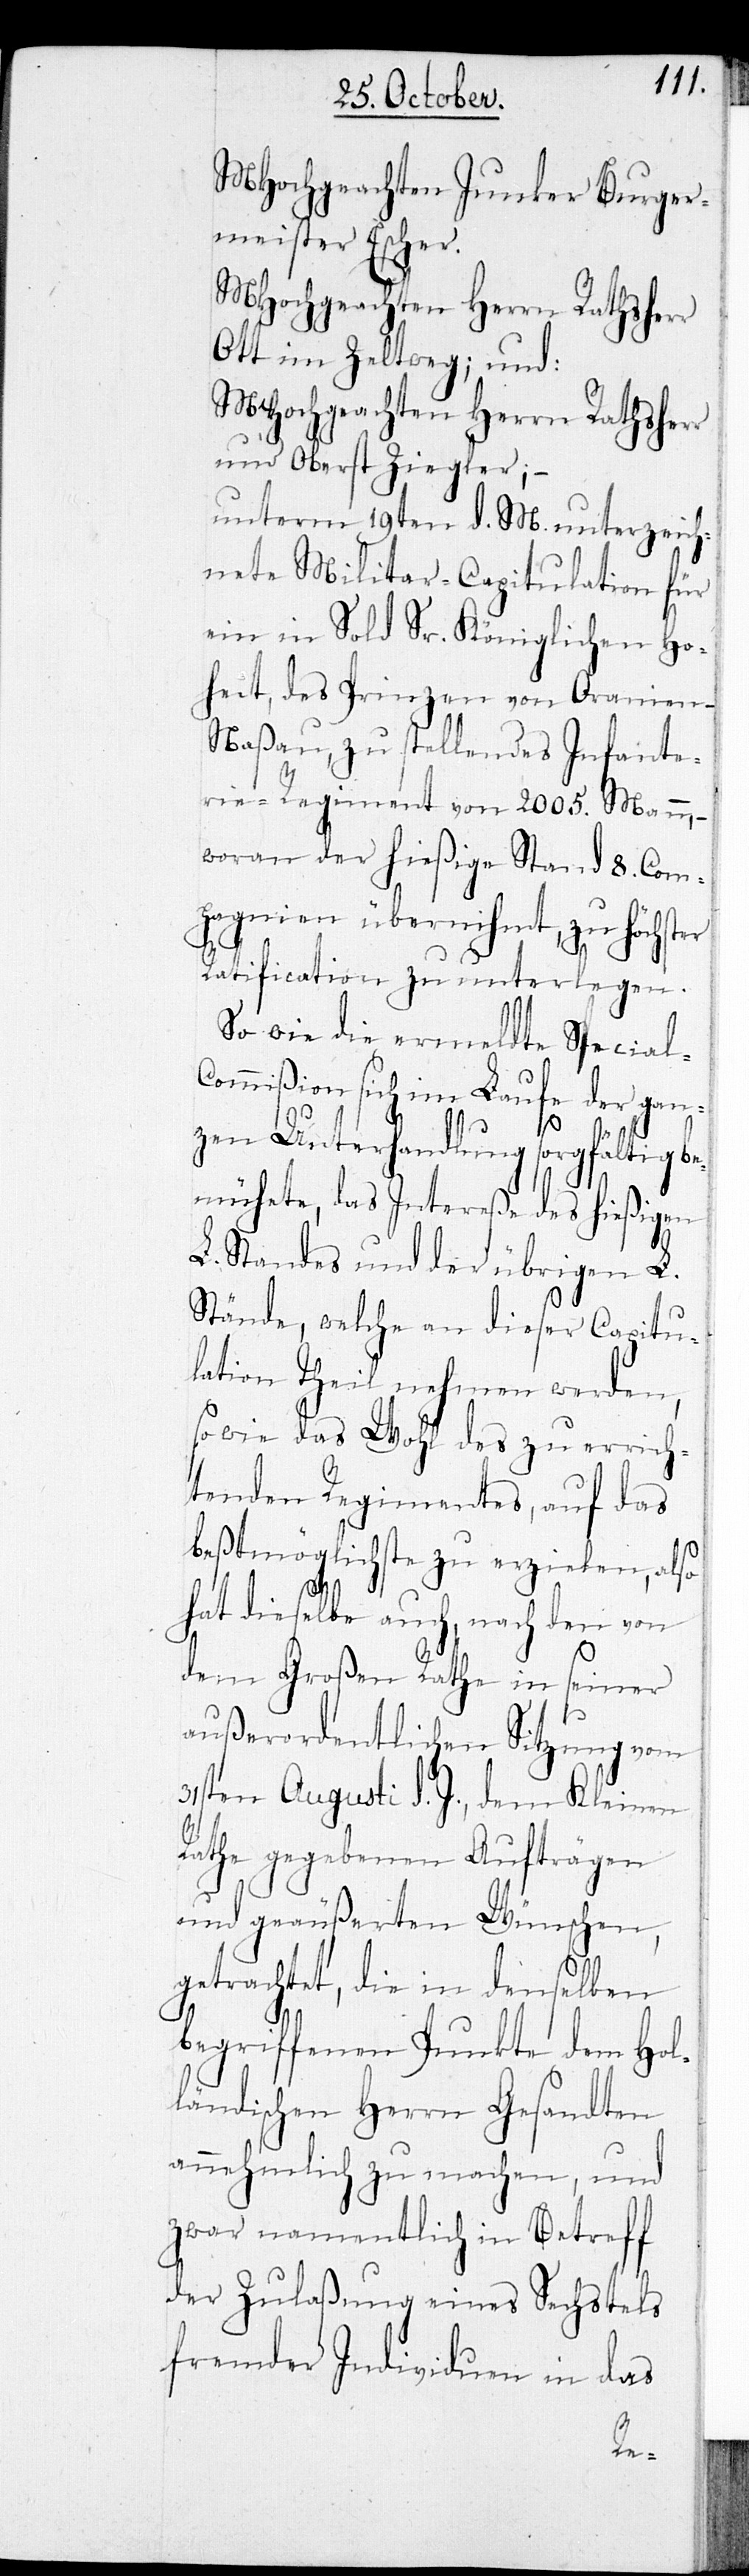
MHochgeachten Junker Buger¬
meister Escher.
MHochgeachten Herrn Rathsherr
Ott im Zeltweg; und:
MHochgeachten Herrn Rathsherr
und Oberst Ziegler; –
unterm 19ten d. M. unterzeich¬
nete Militar-Capitulation für
ein in Sold Sr. Königlichen Ho¬
heit, des Prinzen von Oranien-N¬
aßau, zu stellendes Infante¬
rie-Regiment von 2005. Mann, –
woran der hießige Stand 8. Com¬
pagnien übernihmt, zu höchster
Ratification zu unterlegen.
So wie die ermeldte Special-C¬
ommißion sich im Laufe der gan¬
zen Unterhandlung sorgfältig be¬
mühete, das Intereße des hießigen
L. Standes und der übrigen L.
Stände, welche an dieser Capitu¬
lation Theil nehmen werden,
so wie das Wohl des zu errich¬
tenden Regimentes, auf das
beßtmöglichste zu erzielen, also
hat dieselbe auch, nach den von
dem Großen Rathe in seiner
außerordentlichen Sitzung vom
31sten Augusti d. J., dem Kleinen
Rathe gegebenen Aufträgen
und geäußerten Wünschen,
getrachtet, die in denselben
begriffenen Punkte dem Hol¬
ländischen Herrn Gesandten
annehmlich zu machen, und
zwar namentlich in Betreff
der Zulaßung eines Sechstels
fremder Individuen in das